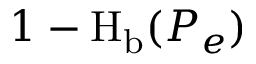
1 - \operatorname { H } _ { \mathrm { b } } ( P _ { e } )